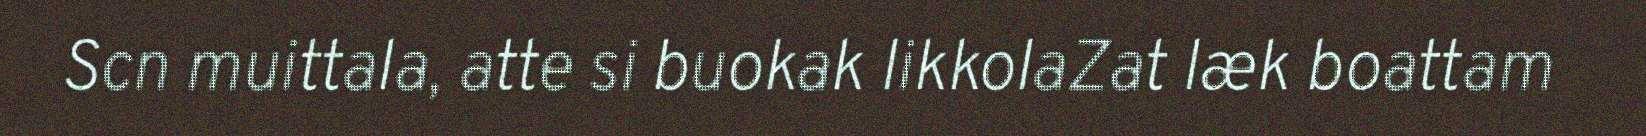
Scn muittala, atte si buokak likkolaZat læk boattam